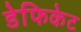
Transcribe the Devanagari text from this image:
डेफिकेट